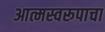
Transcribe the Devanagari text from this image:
आत्मस्वरूपाचा